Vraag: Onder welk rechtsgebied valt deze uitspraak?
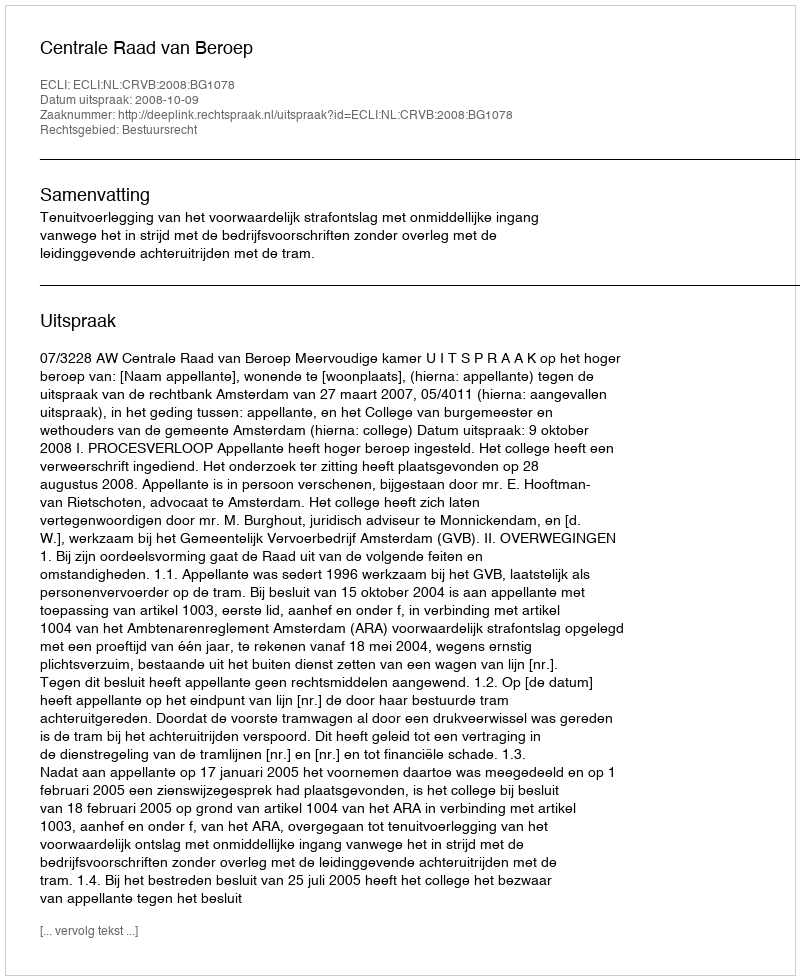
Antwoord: Bestuursrecht